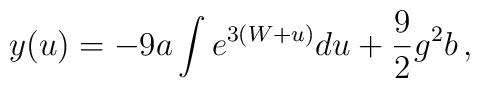
y(u) = -9a \int e^{3(W + u)} du + \frac 92 g^2 b\,,